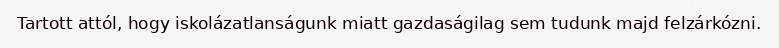
Tartott attól, hogy iskolázatlanságunk miatt gazdaságilag sem tudunk majd felzárkózni.